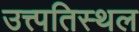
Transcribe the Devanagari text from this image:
उत्त्पतिस्थल